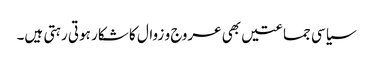
سیاسی جماعتیں بھی عروج و زوال کا شکار ہوتی رہتی ہیں۔